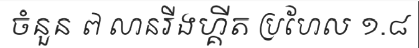
ចំនួន ៧ លានរីងហ្គីត ប្រហែល ១.៨